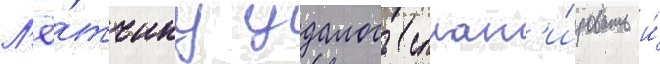
Л'ё́тчику удалось сплан'и́ровать и́